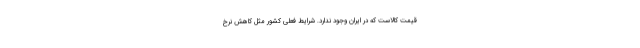
قیمت کالاست که در ایران وجود ندارد. شرایط فعلی کشور مثل کاهش نرخ